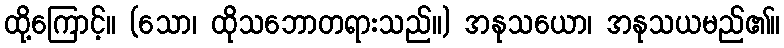
ထို့ကြောင့်။ (သော၊ ထိုသဘောတရားသည်။) အနုသယော၊ အနုသယမည်၏။